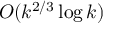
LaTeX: O ( k ^ { 2 / 3 } \log k )